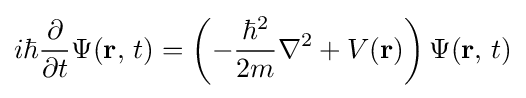
i\hbar {\frac {\partial }{\partial t}}\Psi (\mathbf {r} ,\,t)=\left(-{\frac {\hbar ^{2}}{2m}}\nabla ^{2}+V(\mathbf {r} )\right)\Psi (\mathbf {r} ,\,t)